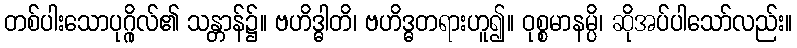
တစ်ပါးသောပုဂ္ဂိုလ်၏ သန္တာန်၌။ ဗဟိဒ္ဓါတိ၊ ဗဟိဒ္ဓတရားဟူ၍။ ဝုစ္စမာနမ္ပိ၊ ဆိုအပ်ပါသော်လည်း။